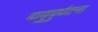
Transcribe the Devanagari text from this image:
वायुदुर्घटना